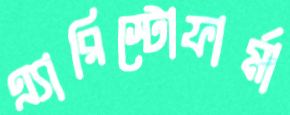
এ্যারিস্টোফার্মা